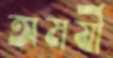
অমর্ষী